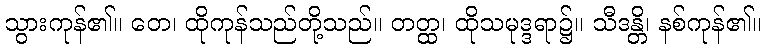
သွားကုန်၏။ တေ၊ ထိုကုန်သည်တို့သည်။ တတ္ထ၊ ထိုသမုဒ္ဒရာ၌။ သီဒန္တိ၊ နစ်ကုန်၏။